Annual report of the Imperial Bacteriologist
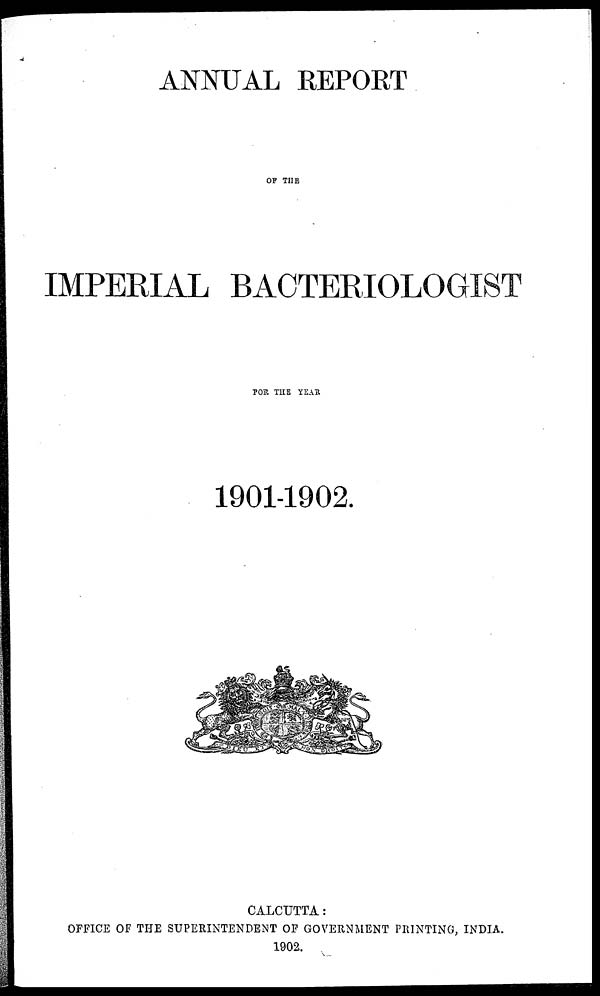
ANNUAL REPORT
OF THE
IMPERIAL BACTERIOLOGIST
FOR THE YEAR
1901-1902.
CALCUTTA:
OFFICE OF THE SUPERINTENDENT OF GOVERNMENT PRINTING, INDIA.
1902.